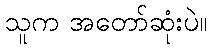
သူက အတော်ဆုံးပဲ။